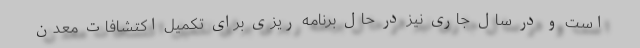
است و در سال جاری نیز در حال برنامه ریزی برای تکمیل اکتشافات معدن